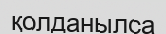
қолданылса